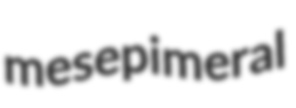
mesepimeral